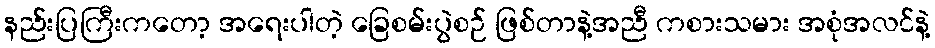
နည်းပြကြီးကတော့ အရေးပါတဲ့ ခြေစမ်းပွဲစဉ် ဖြစ်တာနဲ့အညီ ကစားသမား အစုံအလင်နဲ့